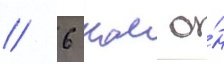
// 6 км о́н